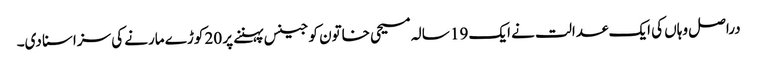
دراصل وہاں کی ایک عدالت نے ایک 19 سالہ مسیحی خاتون کو جینس پہننے پر 20 کوڑے مارنے کی سزاسنا دی۔